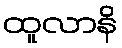
ထူလာနိ